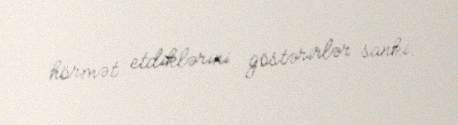
hörmət etdiklərini göstərirlər sanki.